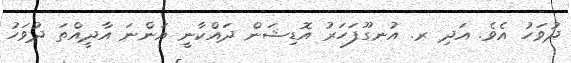
ދުވަހު އެވެ. އަދި ރ. އުނގޫފަހަރު އޮޑިޝަން ދައްކާނީ އަންނަ އާދީއްތަ ދުވަހު